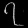
Digit: ၇